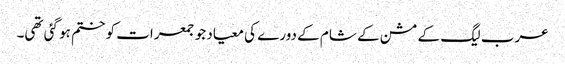
عرب لیگ کے مشن کے شام کے دورے کی معیاد جو جمعرات کو ختم ہو گئی تھی۔